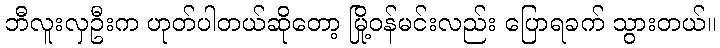
ဘီလူးလှဦးက ဟုတ်ပါတယ်ဆိုတော့ မြို့ဝန်မင်းလည်း ပြောရခက် သွားတယ်။